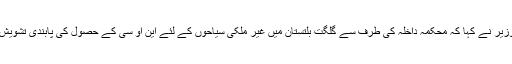
صوبائی وزیر نے کہا کہ محکمہ داخلہ کی طرف سے گلگت بلتستان میں غیر ملکی سیاحوں کے لئے این او سی کے حصول کی پابندی تشویش ناک ہے۔